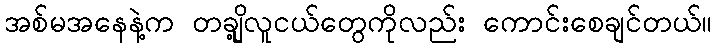
အစ်မအနေနဲ့က တချို့လူငယ်တွေကိုလည်း ကောင်းစေချင်တယ်။